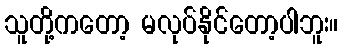
သူတို့ကတော့ မလုပ်နိုင်တော့ပါဘူး။